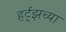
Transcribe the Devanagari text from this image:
हर्ट्‌झच्या